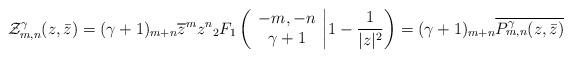
LaTeX: \begin{align*} \mathcal{Z}_{m,n}^{\gamma}(z,\bar{z}) = (\gamma+1)_{m+n} \overline{z}^m z^n {_2F_1}\left( \begin{array}{c} -m , -n \\ \gamma+1 \end{array}\bigg | 1-\frac 1{|z|^2} \right)=(\gamma+1)_{m+n} \overline{P_{m,n}^{\gamma}(z, \bar z)} \end{align*}